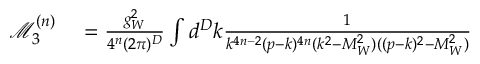
\begin{array} { r l } { \mathcal { M } _ { 3 } ^ { ( n ) } } & { { } = \frac { g _ { W } ^ { 2 } } { 4 ^ { n } ( 2 \pi ) ^ { D } } \int d ^ { D } k \frac { 1 } { k ^ { 4 n - 2 } ( p - k ) ^ { 4 n } ( k ^ { 2 } - M _ { W } ^ { 2 } ) ( ( p - k ) ^ { 2 } - M _ { W } ^ { 2 } ) } } \end{array}